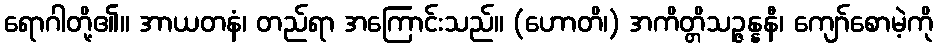
ရောဂါတို့၏။ အာယတနံ၊ တည်ရာ အကြောင်းသည်။ (ဟောတိ၊) အကိတ္တိသဉ္ဇန္နနီ၊ ကျော်စောမဲ့ကို